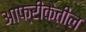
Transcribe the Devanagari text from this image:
आफ्रीकेतील